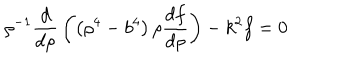
LaTeX: \rho ^ { - 1 } { \frac { d } { d \rho } } \left( \left( \rho ^ { 4 } - b ^ { 4 } \right) \rho { \frac { d f } { d \rho } } \right) - k ^ { 2 } f = 0